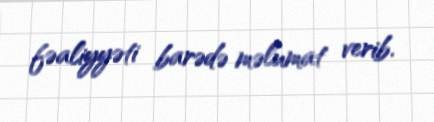
fəaliyyəti barədə məlumat verib.